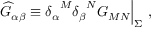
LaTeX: { \widehat G } _ { \alpha \beta } \equiv { \delta _ { \alpha } } ^ { M } { \delta _ { \beta } } ^ { N } G _ { M N } \Big | _ { \Sigma } ~ ,